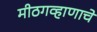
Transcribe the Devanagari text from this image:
मीठगव्हाणाचे